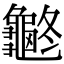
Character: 𪚽